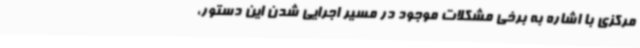
مرکزی با اشاره به برخی مشکلات موجود در مسیر اجرایی شدن این دستور،